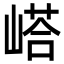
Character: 㟷